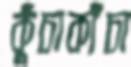
কুঁচাকাঁচা